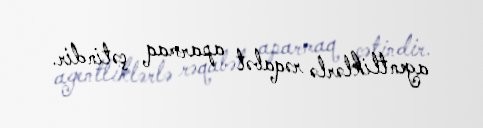
agentliklərlə rəqabət aparmaq çətindir.